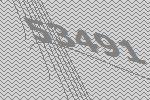
53491